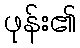
ဖုန်း၏